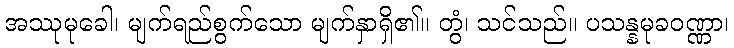
အဿုမုခေါ၊ မျက်ရည်စွက်သော မျက်နှာရှိ၏။ တွံ၊ သင်သည်။ ပသန္နမုခဝဏ္ဏာ၊